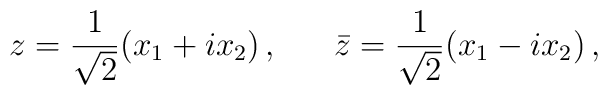
z=\frac{1}{\sqrt{2}}(x_{1}+ix_{2})\,,~~~~~\bar{z}=\frac{1}{\sqrt{2}}(x_{1}-ix_{2})\,,